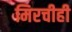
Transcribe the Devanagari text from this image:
मिरचीही